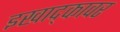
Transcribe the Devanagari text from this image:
इखाद्कावर